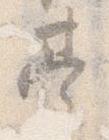
台